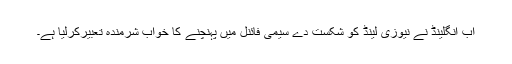
اب انگلینڈ نے نیوزی لینڈ کو شکست دے سیمی فائنل میں پہنچنے کا خواب شرمندہ تعبیرکرلیا ہے۔